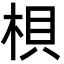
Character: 梖